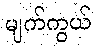
မျက်ကွယ်